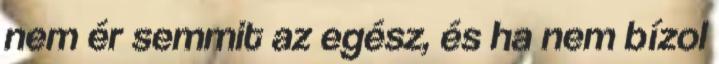
nem ér semmit az egész, és ha nem bízol